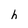
Character: h